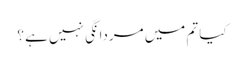
کیا تم میں مردانگی نہیں ہے ؟